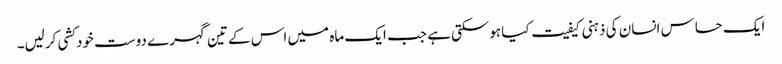
ایک حساس انسان کی ذہنی کیفیت کیا ہوسکتی ہے جب ایک ماہ میں اس کے تین گہرے دوست خودکشی کرلیں۔